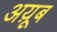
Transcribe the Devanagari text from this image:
अय़ूब